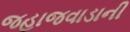
જહાજવાડાની